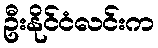
ဦးနိုင်ငံလင်းက